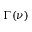
\Gamma ( \nu )